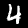
Digit: 4